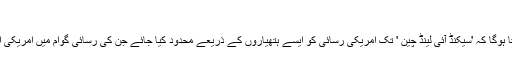
'
لیکن چین یہ بھی چاہتا ہوگا کہ 'سیکنڈ آئی لینڈ چین ' تک امریکی رسائی کو ایسے ہتھیاروں کے ذریعے محدود کیا جائے جن کی رسائی گوام میں امریکی اڈوں تک ہو سکتی ہو۔